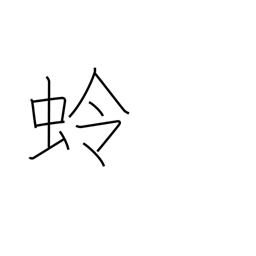
Meaning: moon moth